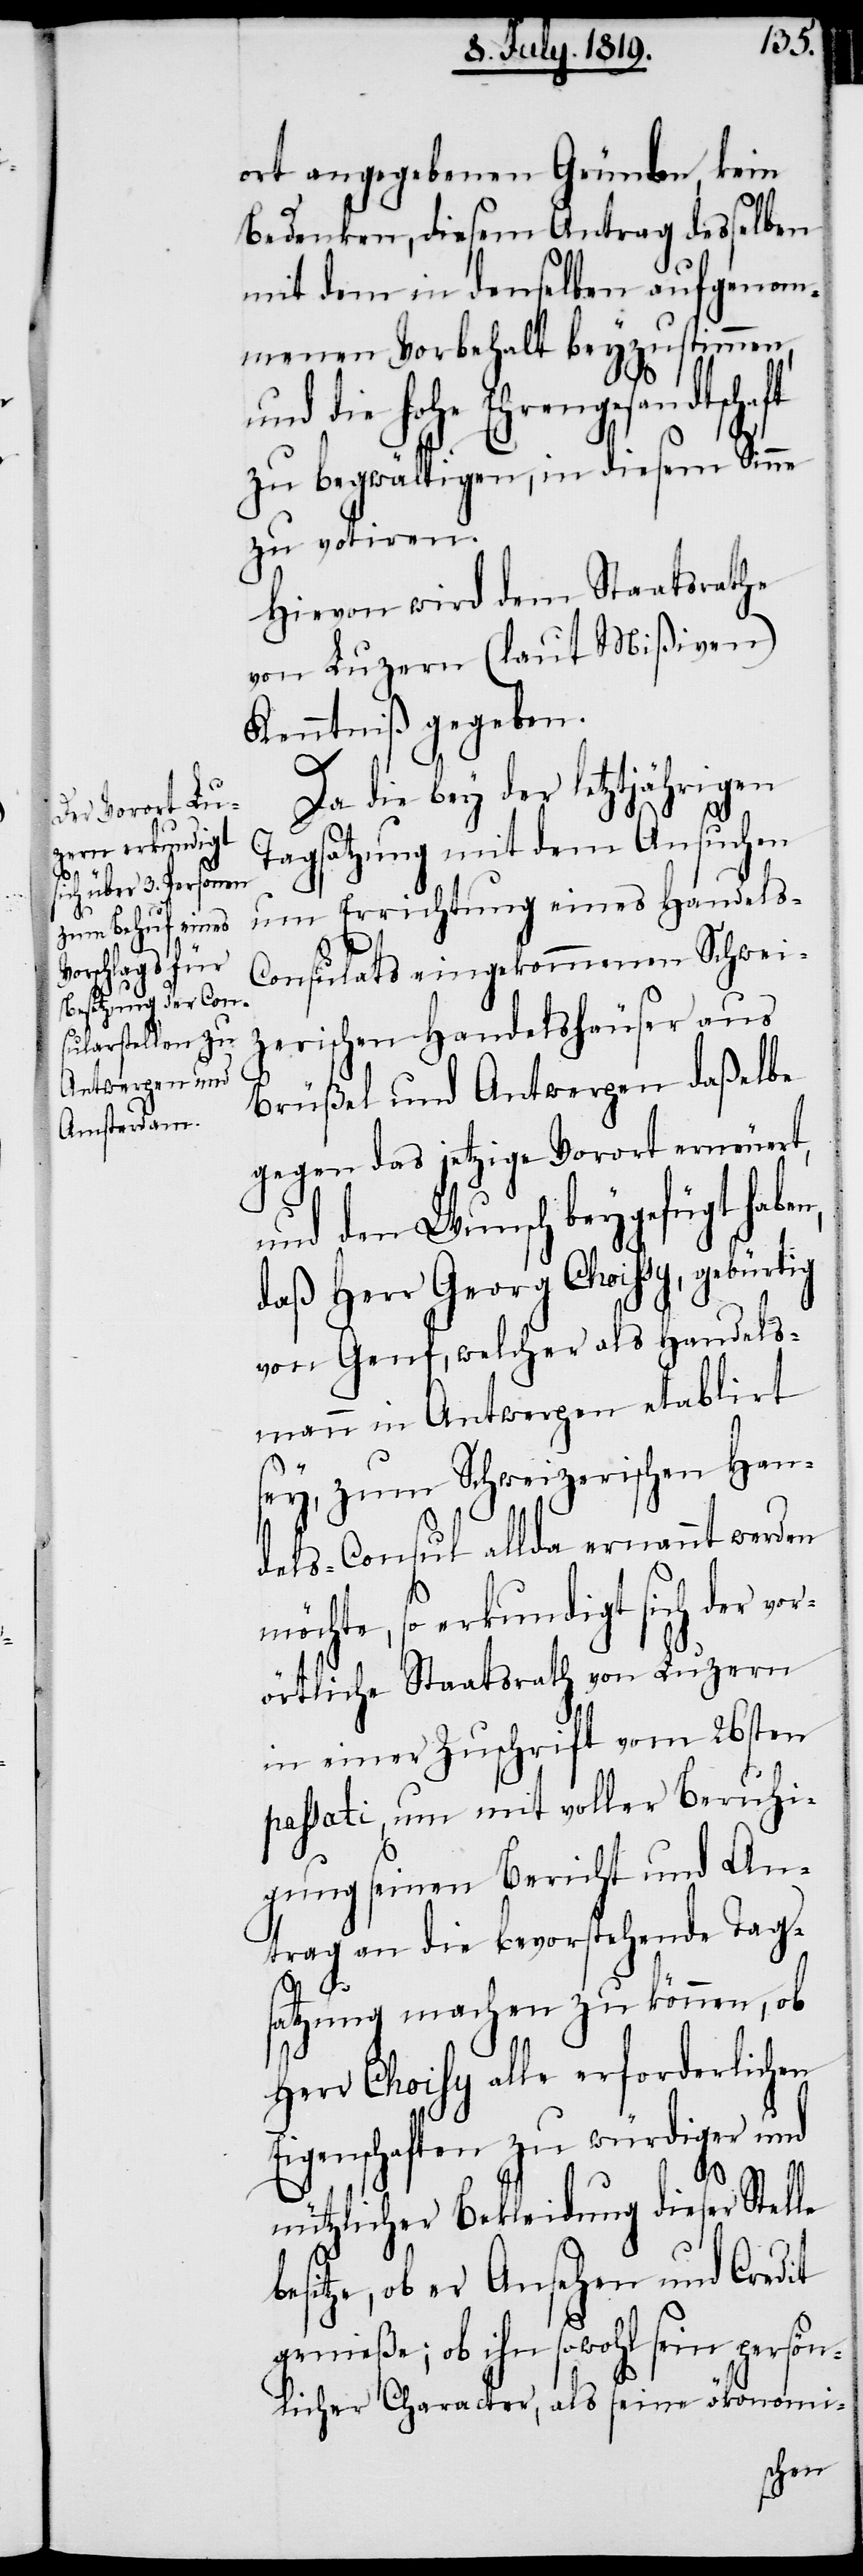
en,

ort angegebenen Gründen, kein
Bedenken, diesem Antrag desselben
ommenen Vorbehalt beyzustimmen,
nd die hohe Ehrengesandtschaft
zu begwältigen, in diesem Sinne
zu votiren.
Hievon wird dem Staatsrathe
von Luzern (laut Mißiven)
Kenntniß gegeben.
Da die bey der letztjährigen
Tagsatzung mit dem Ansuchen
um Errichtung eines Handels-C¬
onsulats eingekommenen Schwei¬
zerischen Handelshäuser aus
Brüßel und Antwerpen daßelbe
gegen das jetzige Vorort erneuert,
und den Wunsch beygefügt hab¬
daß Herr Georg Choissy, gebürtig
von Genf, welcher als Handels¬
mann in Antwerpen etablirt
u¬
sey, zum Schweizerischen Han¬
dels-Consul allda ernannt werden
möchte, so erkundigt sich der vo¬
rörtliche Staatsrath von Luzern
in einer Zuschrift vom 26sten
passati, um mit voller Beruhi¬
gung seinen Bericht und An¬
trag an die bevorstehende Tag¬
satzung machen zu können, ob
Chois[s]y alle erforderlichen
igenschaften zu würdiger und
b¬
nützlicher Bekleidung dieser Stelle
esitze, ob er Ansehen und Credit
genieße; ob ihn sowohl sein persön¬
licher Character, als seine ökonomi-